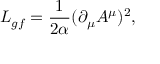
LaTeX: { \cal L } _ { g f } = { \frac { 1 } { 2 \alpha } } ( \partial _ { \mu } A ^ { \mu } ) ^ { 2 } ,